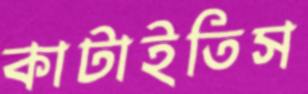
কাটাইতিস